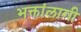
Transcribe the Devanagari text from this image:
भक्तांलागी